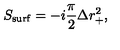
S _ { \mathrm { s u r f } } = - i { \frac { \pi } { 2 } } \Delta r _ { + } ^ { 2 } ,